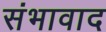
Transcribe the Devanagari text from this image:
संभावाद